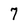
Character: 7